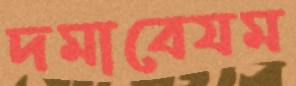
দমাবেযম